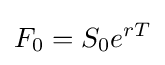
F_{0}=S_{0}e^{rT}